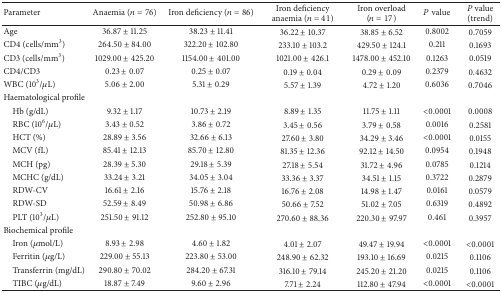
<table><thead><tr><td><b>Parameter</b></td><td><b>Anaemia (<i>n</i> = 76)</b></td><td><b>Iron deficiency (<i>n</i> = 86)</b></td><td><b>Iron deficiency anaemia (<i>n</i> = 41)</b></td><td><b>Iron overload (<i>n</i> = 17)</b></td><td><b><i>P</i> value</b></td><td><b><i>P</i> value (trend)</b></td></tr></thead><tbody><tr><td>Age</td><td>36.87 ± 11.25</td><td>38.23 ± 11.41</td><td>36.22 ± 10.37</td><td>38.85 ± 6.52</td><td>0.8002</td><td>0.7059</td></tr><tr><td>CD4 (cells/mm<sup>3</sup>)</td><td>264.50 ± 84.00</td><td>322.20 ± 102.80</td><td>233.10 ± 103.2</td><td>429.50 ± 124.1</td><td>0.211</td><td>0.1693</td></tr><tr><td>CD3 (cells/mm<sup>3</sup>)</td><td>1029.00 ± 425.20</td><td>1154.00 ± 401.00</td><td>1021.00 ± 426.1</td><td>1478.00 ± 452.10</td><td>0.1263</td><td>0.0519</td></tr><tr><td>CD4/CD3</td><td>0.23 ± 0.07</td><td>0.25 ± 0.07</td><td>0.19 ± 0.04</td><td>0.29 ± 0.09</td><td>0.2379</td><td>0.4632</td></tr><tr><td>WBC (10<sup>3</sup>/<i>μ</i>L) </td><td>5.06 ± 2.00</td><td>5.31 ± 0.29</td><td>5.57 ± 1.39</td><td>4.72 ± 1.20</td><td>0.6036</td><td>0.7046</td></tr><tr><td>Haematological profile</td><td> </td><td> </td><td> </td><td> </td><td> </td><td> </td></tr><tr><td> Hb (g/dL)</td><td>9.32 ± 1.17</td><td>10.73 ± 2.19</td><td>8.89 ± 1.35</td><td>11.75 ± 1.11</td><td>&lt;0.0001</td><td>0.0008</td></tr><tr><td> RBC (10<sup>6</sup>/<i>μ</i>L) </td><td>3.43 ± 0.52</td><td>3.86 ± 0.72</td><td>3.45 ± 0.56</td><td>3.79 ± 0.58</td><td>0.0016</td><td>0.2581</td></tr><tr><td> HCT (%)</td><td>28.89 ± 3.56</td><td>32.66 ± 6.13</td><td>27.60 ± 3.80</td><td>34.29 ± 3.46</td><td>&lt;0.0001</td><td>0.0155</td></tr><tr><td> MCV (fL)</td><td>85.41 ± 12.13</td><td>85.70 ± 12.80</td><td>81.35 ± 12.36</td><td>92.12 ± 14.50</td><td>0.0954</td><td>0.1948</td></tr><tr><td> MCH (pg)</td><td>28.39 ± 5.30</td><td>29.18 ± 5.39</td><td>27.18 ± 5.54</td><td>31.72 ± 4.96</td><td>0.0785</td><td>0.1214</td></tr><tr><td> MCHC (g/dL)</td><td>33.24 ± 3.21</td><td>34.05 ± 3.04</td><td>33.36 ± 3.37</td><td>34.51 ± 1.15</td><td>0.3722</td><td>0.2879</td></tr><tr><td> RDW-CV </td><td>16.61 ± 2.16</td><td>15.76 ± 2.18</td><td>16.76 ± 2.08</td><td>14.98 ± 1.47</td><td>0.0161</td><td>0.0579</td></tr><tr><td> RDW-SD</td><td>52.59 ± 8.49</td><td>50.98 ± 6.86</td><td>50.66 ± 7.52</td><td>51.02 ± 7.05</td><td>0.6319</td><td>0.4892</td></tr><tr><td> PLT (10<sup>3</sup>/<i>μ</i>L) </td><td>251.50 ± 91.12</td><td>252.80 ± 95.10</td><td>270.60 ± 88.36</td><td>220.30 ± 97.97</td><td>0.461</td><td>0.3957</td></tr><tr><td>Biochemical profile</td><td> </td><td> </td><td> </td><td> </td><td> </td><td> </td></tr><tr><td> Iron (<i>μ</i>mol/L)</td><td>8.93 ± 2.98</td><td>4.60 ± 1.82</td><td>4.01 ± 2.07</td><td>49.47 ± 19.94</td><td>&lt;0.0001</td><td>&lt;0.0001</td></tr><tr><td> Ferritin (<i>μ</i>g/L)</td><td>229.00 ± 55.13</td><td>223.80 ± 53.00</td><td>248.90 ± 62.32</td><td>193.10 ± 16.69</td><td>0.0215</td><td>0.1106</td></tr><tr><td> Transferrin (mg/dL)</td><td>290.80 ± 70.02</td><td>284.20 ± 67.31</td><td>316.10 ± 79.14</td><td>245.20 ± 21.20</td><td>0.0215</td><td>0.1106</td></tr><tr><td> TIBC (<i>μ</i>g/dL)</td><td>18.87 ± 7.49</td><td>9.60 ± 2.96</td><td>7.71 ± 2.24</td><td>112.80 ± 47.94</td><td>&lt;0.0001</td><td>&lt;0.0001</td></tr></tbody></table>